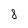
Character: 8